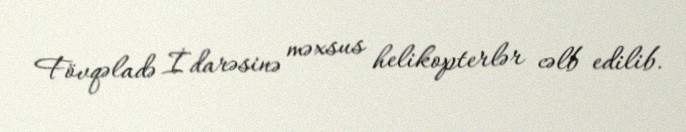
Fövqəladə İdarəsinə məxsus helikopterlər cəlb edilib.